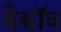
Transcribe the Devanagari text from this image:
बैकॉव